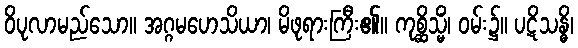
ဝိပုလာမည်သော။ အဂ္ဂမဟေသိယာ၊ မိဖုရားကြီး၏။ ကုစ္ဆိသ္မိံ၊ ဝမ်း၌။ ပဋိသန္ဓိ၊